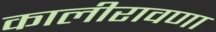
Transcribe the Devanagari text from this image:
कालीरावणा